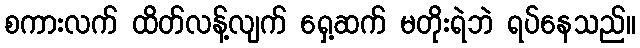
စကားလက် ထိတ်လန့်လျက် ရှေ့ဆက် မတိုးရဲဘဲ ရပ်နေသည်။